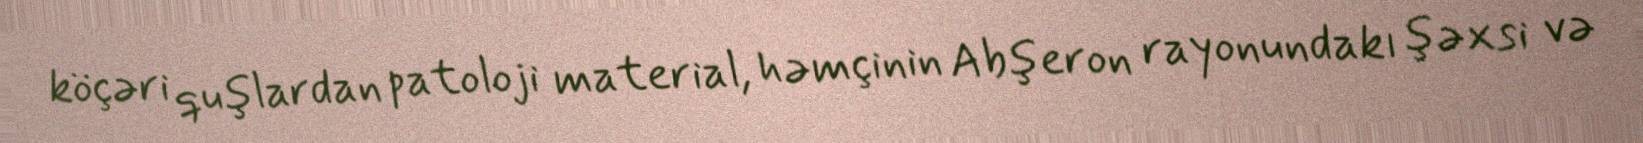
köçəri quşlardan patoloji material, həmçinin Abşeron rayonundakı şəxsi və